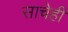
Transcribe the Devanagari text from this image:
साचेही